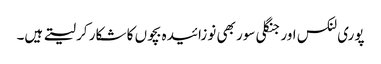
پوری لنکس اور جنگلی سور بھی نوزائیدہ بچوں کا شکار کر لیتے ہیں۔